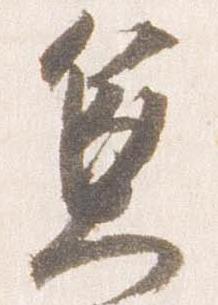
兼